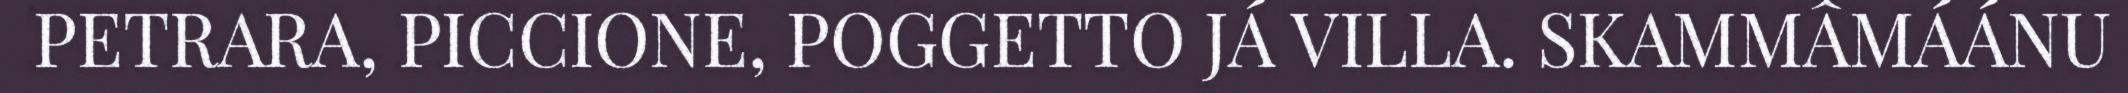
PETRARA, PICCIONE, POGGETTO JÁ VILLA. SKAMMÂMÁÁNU